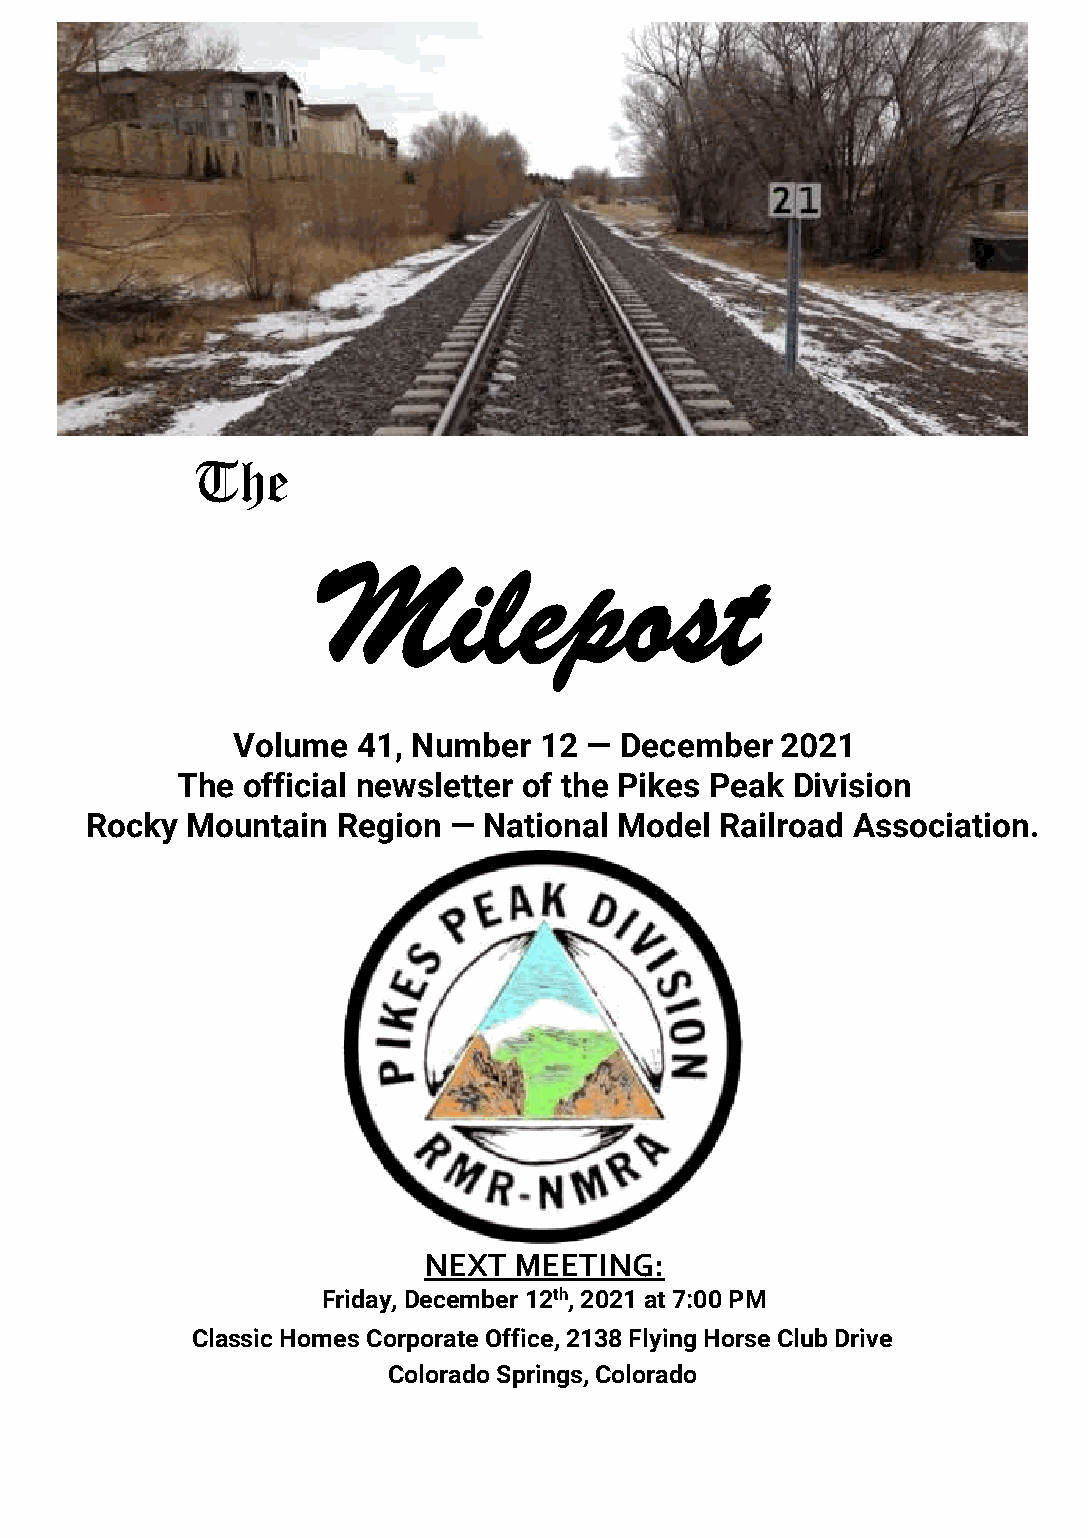
The
 Milepost
 Volume   41, Number  12 — December   2021
 The official newsletter of the Pikes Peak Division
 Rocky Mountain  Region  — National Model  Railroad Association.
 NEXT  MEETING:
 Friday, December 12th, 2021 at 7:00 PM
 Classic Homes Corporate Office, 2138 Flying Horse Club Drive
 Colorado Springs, Colorado